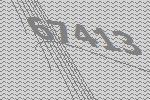
67413